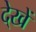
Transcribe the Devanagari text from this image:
दे्खें